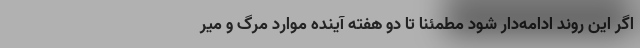
اگر این روند ادامه‌دار شود مطمئنا تا دو هفته آینده موارد مرگ و میر